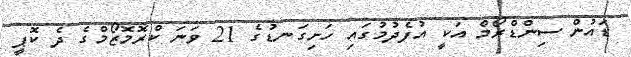
ޑައުން ސިންޑްރޯމް އަކީ އުފެދުމުގައި ހަށިގަނޑުގެ 21 ވަނަ ކްރޮމޮޒޯމްގެ ދެ ކޮޕީ